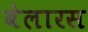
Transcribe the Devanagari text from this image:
बेलारस